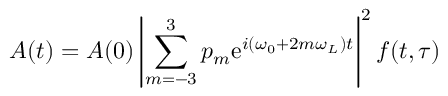
A ( t ) = A ( 0 ) \left\vert \sum _ { m = - 3 } ^ { 3 } p _ { m } \mathrm { e } ^ { i ( \omega _ { 0 } + 2 m \omega _ { L } ) t } \right\vert ^ { 2 } f ( t , \tau )